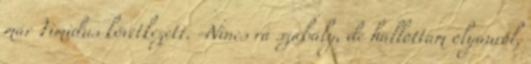
már Timidus következett. -Nincs rá szabály, de hallottam olyanról,